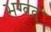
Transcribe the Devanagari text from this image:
भग्वत्